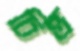
চিন্ত